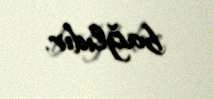
bağlıdır.